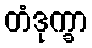
တံဒုက္ခာ